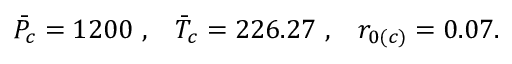
\Bar { P } _ { c } = 1 2 0 0 \, \, , \, \, \, \, \, \Bar { T } _ { c } = 2 2 6 . 2 7 \, \, , \, \, \, \, \, r _ { 0 ( c ) } = 0 . 0 7 .